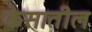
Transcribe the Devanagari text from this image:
केसातील